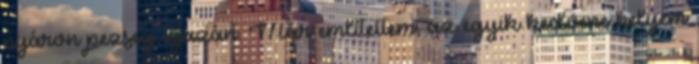
nyáron pezseg igazán. Már említettem, az egyik kedvenc helyem